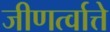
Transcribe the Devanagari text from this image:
जीणर्त्वात्ते